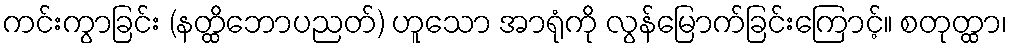
ကင်းကွာခြင်း (နတ္ထိဘောပညတ်) ဟူသော အာရုံကို လွန်မြောက်ခြင်းကြောင့်။ စတုတ္ထာ၊